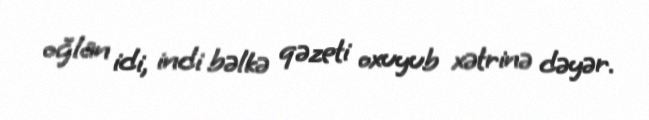
oğlan idi, indi bəlkə qəzeti oxuyub xətrinə dəyər.